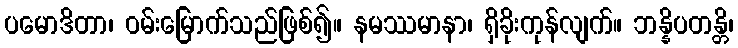
ပမောဒိတာ၊ ဝမ်းမြောက်သည်ဖြစ်၍။ နမဿမာနာ၊ ရှိခိုးကုန်လျက်။ ဘန္နိပတန္တိ၊